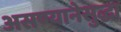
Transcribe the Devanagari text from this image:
असण्यानेसुद्धा